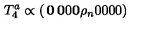
T _ { 4 } ^ { a } \propto \left( \begin{matrix} { { \bf 0 } } & { { \bf 0 } } & { 0 } \\ { { \bf 0 } } & { { \bf \rho } _ { n } } & { 0 } \\ { 0 } & { 0 } & { 0 } \\ \end{matrix} \right)